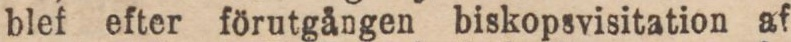
blef efter förutgången biskopsvisitation af